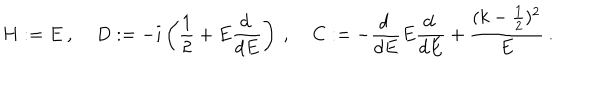
H : = E \: , \: \: \: \: \: D : = - i \left( \frac { 1 } { 2 } + E \frac { d \: } { d E } \right) \: , \: \: \: \: \: C : = - \frac { d \: } { d E } E \frac { d \: } { d E } + \frac { ( k - \frac { 1 } { 2 } ) ^ { 2 } } { E } \: .